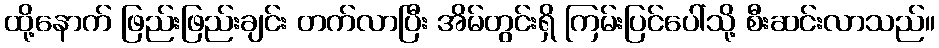
ထို့နောက် ဖြည်းဖြည်းချင်း တက်လာပြီး အိမ်တွင်းရှိ ကြမ်းပြင်ပေါ်သို့ စီးဆင်းလာသည်။